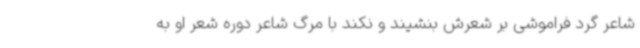
شاعر گرد فراموشی بر شعرش بنشیند و نکند با مرگ شاعر دوره شعر او به